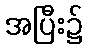
အပြီး၌